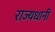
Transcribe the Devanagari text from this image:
राज्यधानी